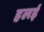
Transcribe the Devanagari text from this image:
हलई